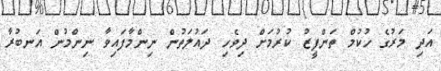
އަދި މަރުގެ ހުކުމް ތަންފީޒު ކުރުމަށް ދިވެހި ދައުލަތުން ނިންމާފައިވާ ނިންމުން އަނބުރާ